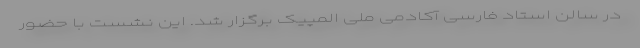
در سالن استاد فارسی آکادمی ملی المپیک برگزار شد. این نشست با حضور